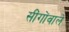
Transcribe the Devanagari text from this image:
सींगोंवाले